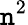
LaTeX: \mathtt{n}^{2}